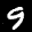
Label: 9